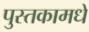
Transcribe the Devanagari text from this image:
पुस्तकामधे